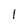
Character: 1